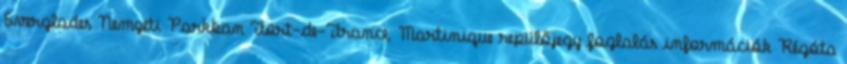
Everglades Nemzeti Parkban Fort-de-France, Martinique repülőjegy foglalás információk Régóta